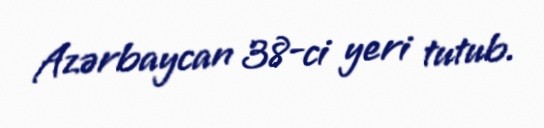
Azərbaycan 38-ci yeri tutub.